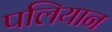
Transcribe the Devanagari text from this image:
पलियान